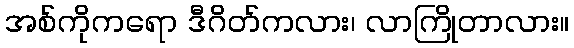
အစ်ကိုကရော ဒီဂိတ်ကလား၊ လာကြိုတာလား။